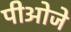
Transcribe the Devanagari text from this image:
पीओजे